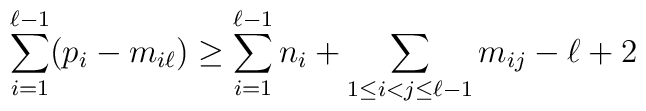
\sum_{i=1}^{\ell-1}(p_i-m_{i\ell})\geq\sum_{i=1}^{\ell-1}n_i +\sum_{1\leq i<j\leq \ell-1}m_{ij} -\ell +2